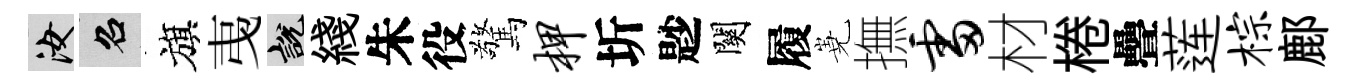
汝召旗𢎯説綫朱役驚柙圻尟關履嶤撫雷材棬疊莲棕鄜